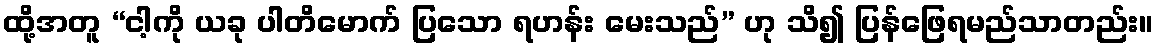
ထို့အတူ “ငါ့ကို ယခု ပါတိမောက် ပြသော ရဟန်း မေးသည်” ဟု သိ၍ ပြန်ဖြေရမည်သာတည်း။